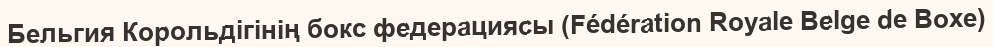
Бельгия Корольдігінің бокс федерациясы (Fédération Royale Belge de Boxe)